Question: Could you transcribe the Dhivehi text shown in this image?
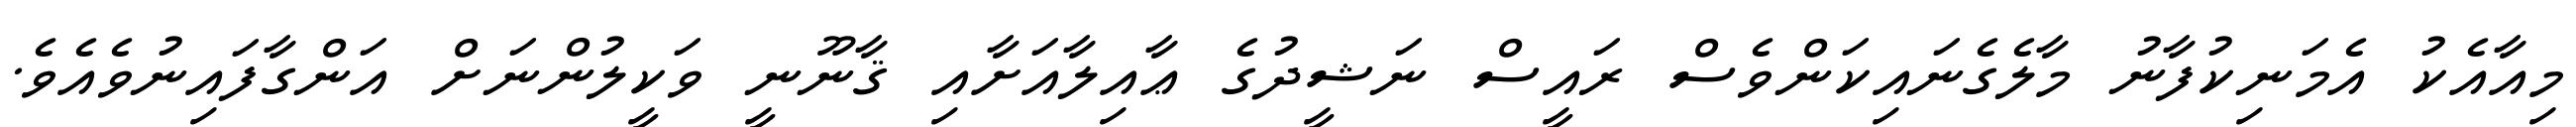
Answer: މިއާއެކު އެމަނިކުފާނު މާލެގެނައިކަންވެސް ރައީސް ނަޝީދުގެ ޢާއިލާއަށާއި ޤާނޫނީ ވަކީލުންނަށް އަންގާފައިނުވެއެވެ.